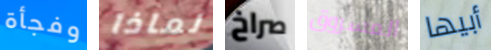
وفجأة لماذا صراخ المسروق أبيها